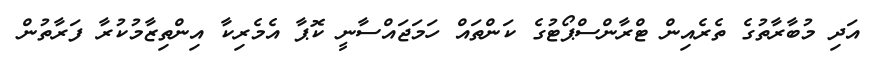
އަދި މުބާރާތުގެ ތެރެއިން ޓްރާންސްޕޯޓުގެ ކަންތައް ހަމަޖައްސާނީ ކޮޕާ އެމެރިކާ އިންތިޒާމުކުރާ ފަރާތުން